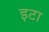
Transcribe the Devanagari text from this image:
इटा